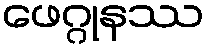
ဖေဂ္ဂုနဿ